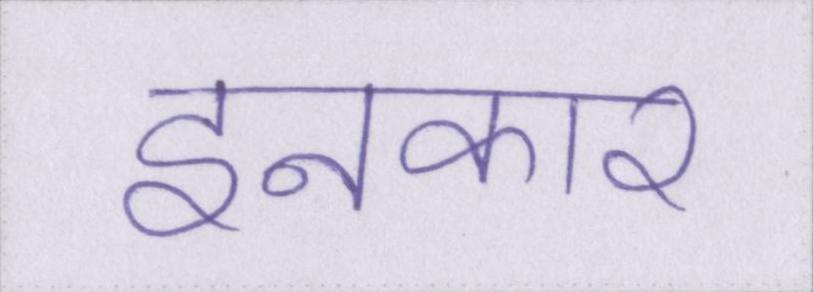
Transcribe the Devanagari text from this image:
इनकार